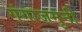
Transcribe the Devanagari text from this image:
गंगाजमुनी